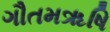
ગૌતમૠષિ